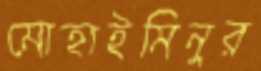
মোহাইমিনুর